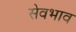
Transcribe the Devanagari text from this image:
सेवभाव